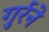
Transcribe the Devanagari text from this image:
गुर्रने